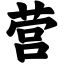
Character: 营